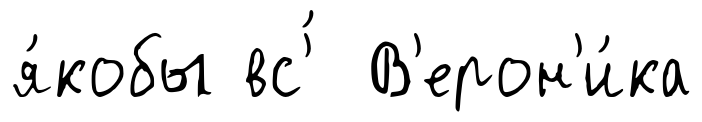
я́кобы вс'́ В'ерон'и́ка